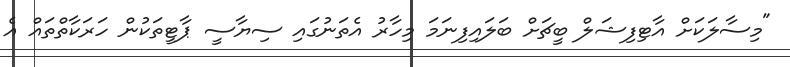
"މިސާލަކަށް އާޓިފިޝަލް ބީޗަށް ބަލައިފިނަމަ މިހާރު އެތަނުގައި ސިޔާސީ ޕާޓީތަކުން ހަރަކާތްތައް އެ